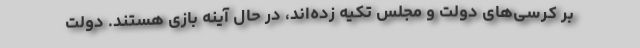
بر کرسی‌‌های دولت و مجلس تکیه زده‌اند، در حال آینه بازی هستند. دولت